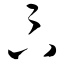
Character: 卞